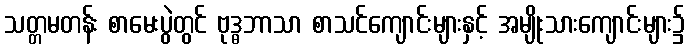
သတ္တမတန်း စာမေးပွဲတွင် ဗုဒ္ဓဘာသာ စာသင်ကျောင်းများနှင့် အမျိုးသားကျောင်းများ၌